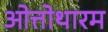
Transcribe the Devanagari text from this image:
ओत्तोथारम